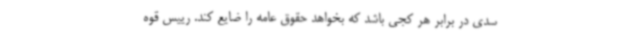
سدی در برابر هر کجی باشد که بخواهد حقوق عامه را ضایع کند. رییس قوه